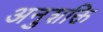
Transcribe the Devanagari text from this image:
अनुशक्ति